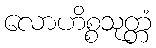
လောဟိစ္စသုတ္တံ